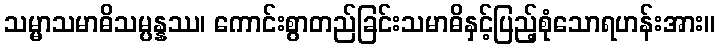
သမ္မာသမာဓိသမ္ပန္နဿ၊ ကောင်းစွာတည်ခြင်းသမာဓိနှင့်ပြည့်စုံသောရဟန်းအား။